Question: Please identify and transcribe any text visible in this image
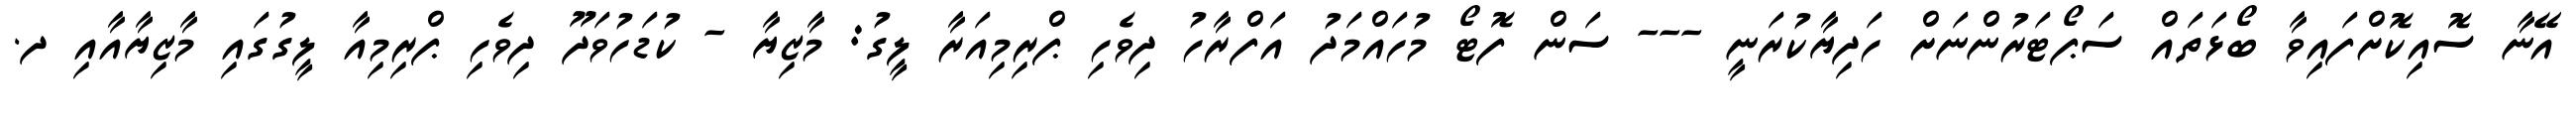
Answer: އޭނާ ސޮއިކޮށްފައިވާ ބޯޅަތައް ސަޕޯޓަރުންނަށް ހަދިޔާކުރަނީ --- ސަން ފޮޓޯ މުހައްމަދު އަފްރާހު ދިވެހި ޕްރިމިއަރާ ލީގު: މާޒިޔާ - ކުޑަހުވަދޫ ދިވެހި ޕްރިމިއާ ލީގުގައި މާޒިޔާއާއި ދ.